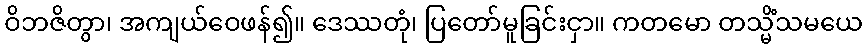
ဝိဘဇိတွာ၊ အကျယ်ဝေဖန်၍။ ဒေဿတုံ၊ ပြတော်မူခြင်းငှာ။ ကတမော တသ္မိံသမယေ